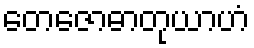
တေဇောဓာတုယာဟံ